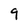
Character: 9